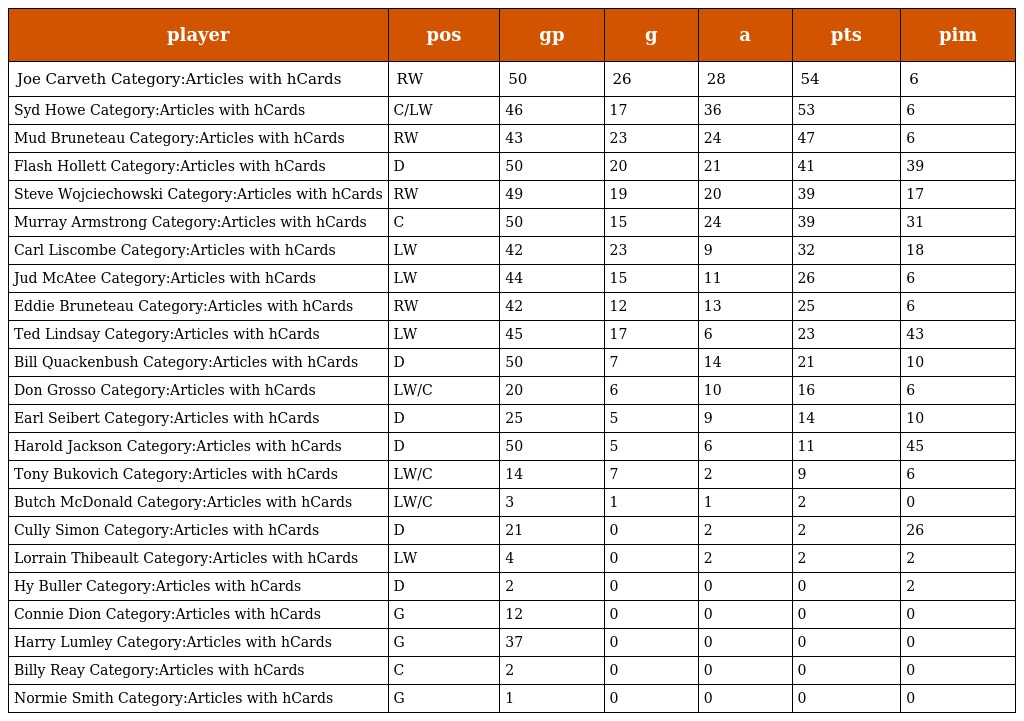
| player | pos | gp | g | a | pts | pim |
 | --- | --- | --- | --- | --- | --- | --- |
 | Joe Carveth Category:Articles with hCards | RW | 50 | 26 | 28 | 54 | 6 |
 | Syd Howe Category:Articles with hCards | C/LW | 46 | 17 | 36 | 53 | 6 |
 | Mud Bruneteau Category:Articles with hCards | RW | 43 | 23 | 24 | 47 | 6 |
 | Flash Hollett Category:Articles with hCards | D | 50 | 20 | 21 | 41 | 39 |
 | Steve Wojciechowski Category:Articles with hCards | RW | 49 | 19 | 20 | 39 | 17 |
 | Murray Armstrong Category:Articles with hCards | C | 50 | 15 | 24 | 39 | 31 |
 | Carl Liscombe Category:Articles with hCards | LW | 42 | 23 | 9 | 32 | 18 |
 | Jud McAtee Category:Articles with hCards | LW | 44 | 15 | 11 | 26 | 6 |
 | Eddie Bruneteau Category:Articles with hCards | RW | 42 | 12 | 13 | 25 | 6 |
 | Ted Lindsay Category:Articles with hCards | LW | 45 | 17 | 6 | 23 | 43 |
 | Bill Quackenbush Category:Articles with hCards | D | 50 | 7 | 14 | 21 | 10 |
 | Don Grosso Category:Articles with hCards | LW/C | 20 | 6 | 10 | 16 | 6 |
 | Earl Seibert Category:Articles with hCards | D | 25 | 5 | 9 | 14 | 10 |
 | Harold Jackson Category:Articles with hCards | D | 50 | 5 | 6 | 11 | 45 |
 | Tony Bukovich Category:Articles with hCards | LW/C | 14 | 7 | 2 | 9 | 6 |
 | Butch McDonald Category:Articles with hCards | LW/C | 3 | 1 | 1 | 2 | 0 |
 | Cully Simon Category:Articles with hCards | D | 21 | 0 | 2 | 2 | 26 |
 | Lorrain Thibeault Category:Articles with hCards | LW | 4 | 0 | 2 | 2 | 2 |
 | Hy Buller Category:Articles with hCards | D | 2 | 0 | 0 | 0 | 2 |
 | Connie Dion Category:Articles with hCards | G | 12 | 0 | 0 | 0 | 0 |
 | Harry Lumley Category:Articles with hCards | G | 37 | 0 | 0 | 0 | 0 |
 | Billy Reay Category:Articles with hCards | C | 2 | 0 | 0 | 0 | 0 |
 | Normie Smith Category:Articles with hCards | G | 1 | 0 | 0 | 0 | 0 |